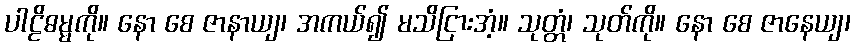
ပါဠိဓမ္မကို။ နော စေ ဇာနာယျ၊ အကယ်၍ မသိငြားအံ့။ သုတ္တံ၊ သုတ်ကို။ နော စေ ဇာနေယျ၊